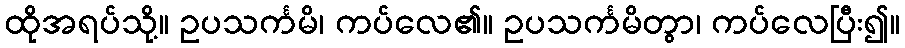
ထိုအရပ်သို့။ ဥပသင်္ကမိ၊ ကပ်လေ၏။ ဥပသင်္ကမိတွာ၊ ကပ်လေပြီး၍။